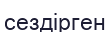
сездірген